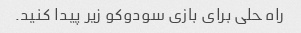
راه حلی برای بازی سودوکو زیر پیدا کنید.